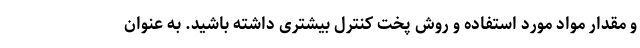
و مقدار مواد مورد استفاده و روش پخت کنترل بیشتری داشته باشید. به عنوان